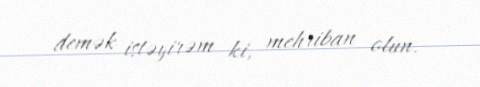
demək istəyirəm ki, mehriban olun.